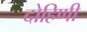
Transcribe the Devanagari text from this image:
दोहिणी